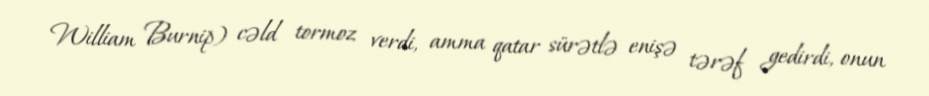
William Burnip) cəld tormoz verdi, amma qatar sürətlə enişə tərəf gedirdi, onun